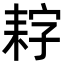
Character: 𮋩